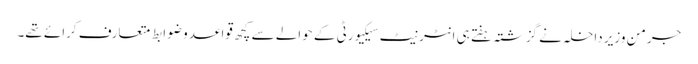
جرمن وزیر داخلہ نے گزشتہ ہفتے ہی انٹرنیٹ سیکیورٹی کے حوالے سے کچھ قواعد و ضوابط متعارف کرائے تھے۔